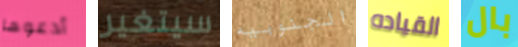
أدعوها سيتغير الجنوبيه القياده بال